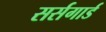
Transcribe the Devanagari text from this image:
सर्सगार्ड